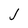
Character: j